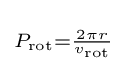
\scriptstyle P_{\mathrm {rot} }={\frac {2\pi r}{v_{\mathrm {rot} }}}